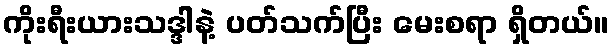
ကိုးရီးယားသဒ္ဒါနဲ့ ပတ်သက်ပြီး မေးစရာ ရှိတယ်။